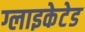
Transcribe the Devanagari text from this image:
ग्लाइकेटेड